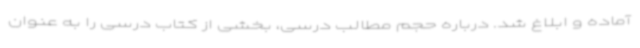
آماده و ابلاغ شد. درباره حجم مطالب درسی، بخشی از کتاب درسی را به عنوان